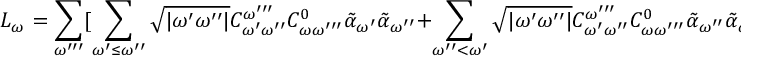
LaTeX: L _ { \omega } = \sum _ { \omega ^ { \prime \prime \prime } } [ \sum _ { \omega ^ { \prime } \leq \omega ^ { \prime \prime } } \sqrt { | \omega ^ { \prime } \omega ^ { \prime \prime } | } C _ { \omega ^ { \prime } \omega ^ { \prime \prime } } ^ { \omega ^ { \prime \prime \prime } } \: C _ { \omega \omega ^ { \prime \prime \prime } } ^ { 0 } \: \tilde { \alpha } _ { \omega ^ { \prime } } \: \tilde { \alpha } _ { \omega ^ { \prime \prime } } + \sum _ { \omega ^ { \prime \prime } < \omega ^ { \prime } } \sqrt { | \omega ^ { \prime } \omega ^ { \prime \prime } | } C _ { \omega ^ { \prime } \omega ^ { \prime \prime } } ^ { \omega ^ { \prime \prime \prime } } \: C _ { \omega \omega ^ { \prime \prime \prime } } ^ { 0 } \: \tilde { \alpha } _ { \omega ^ { \prime \prime } } \: \tilde { \alpha } _ { \omega ^ { \prime } } ]